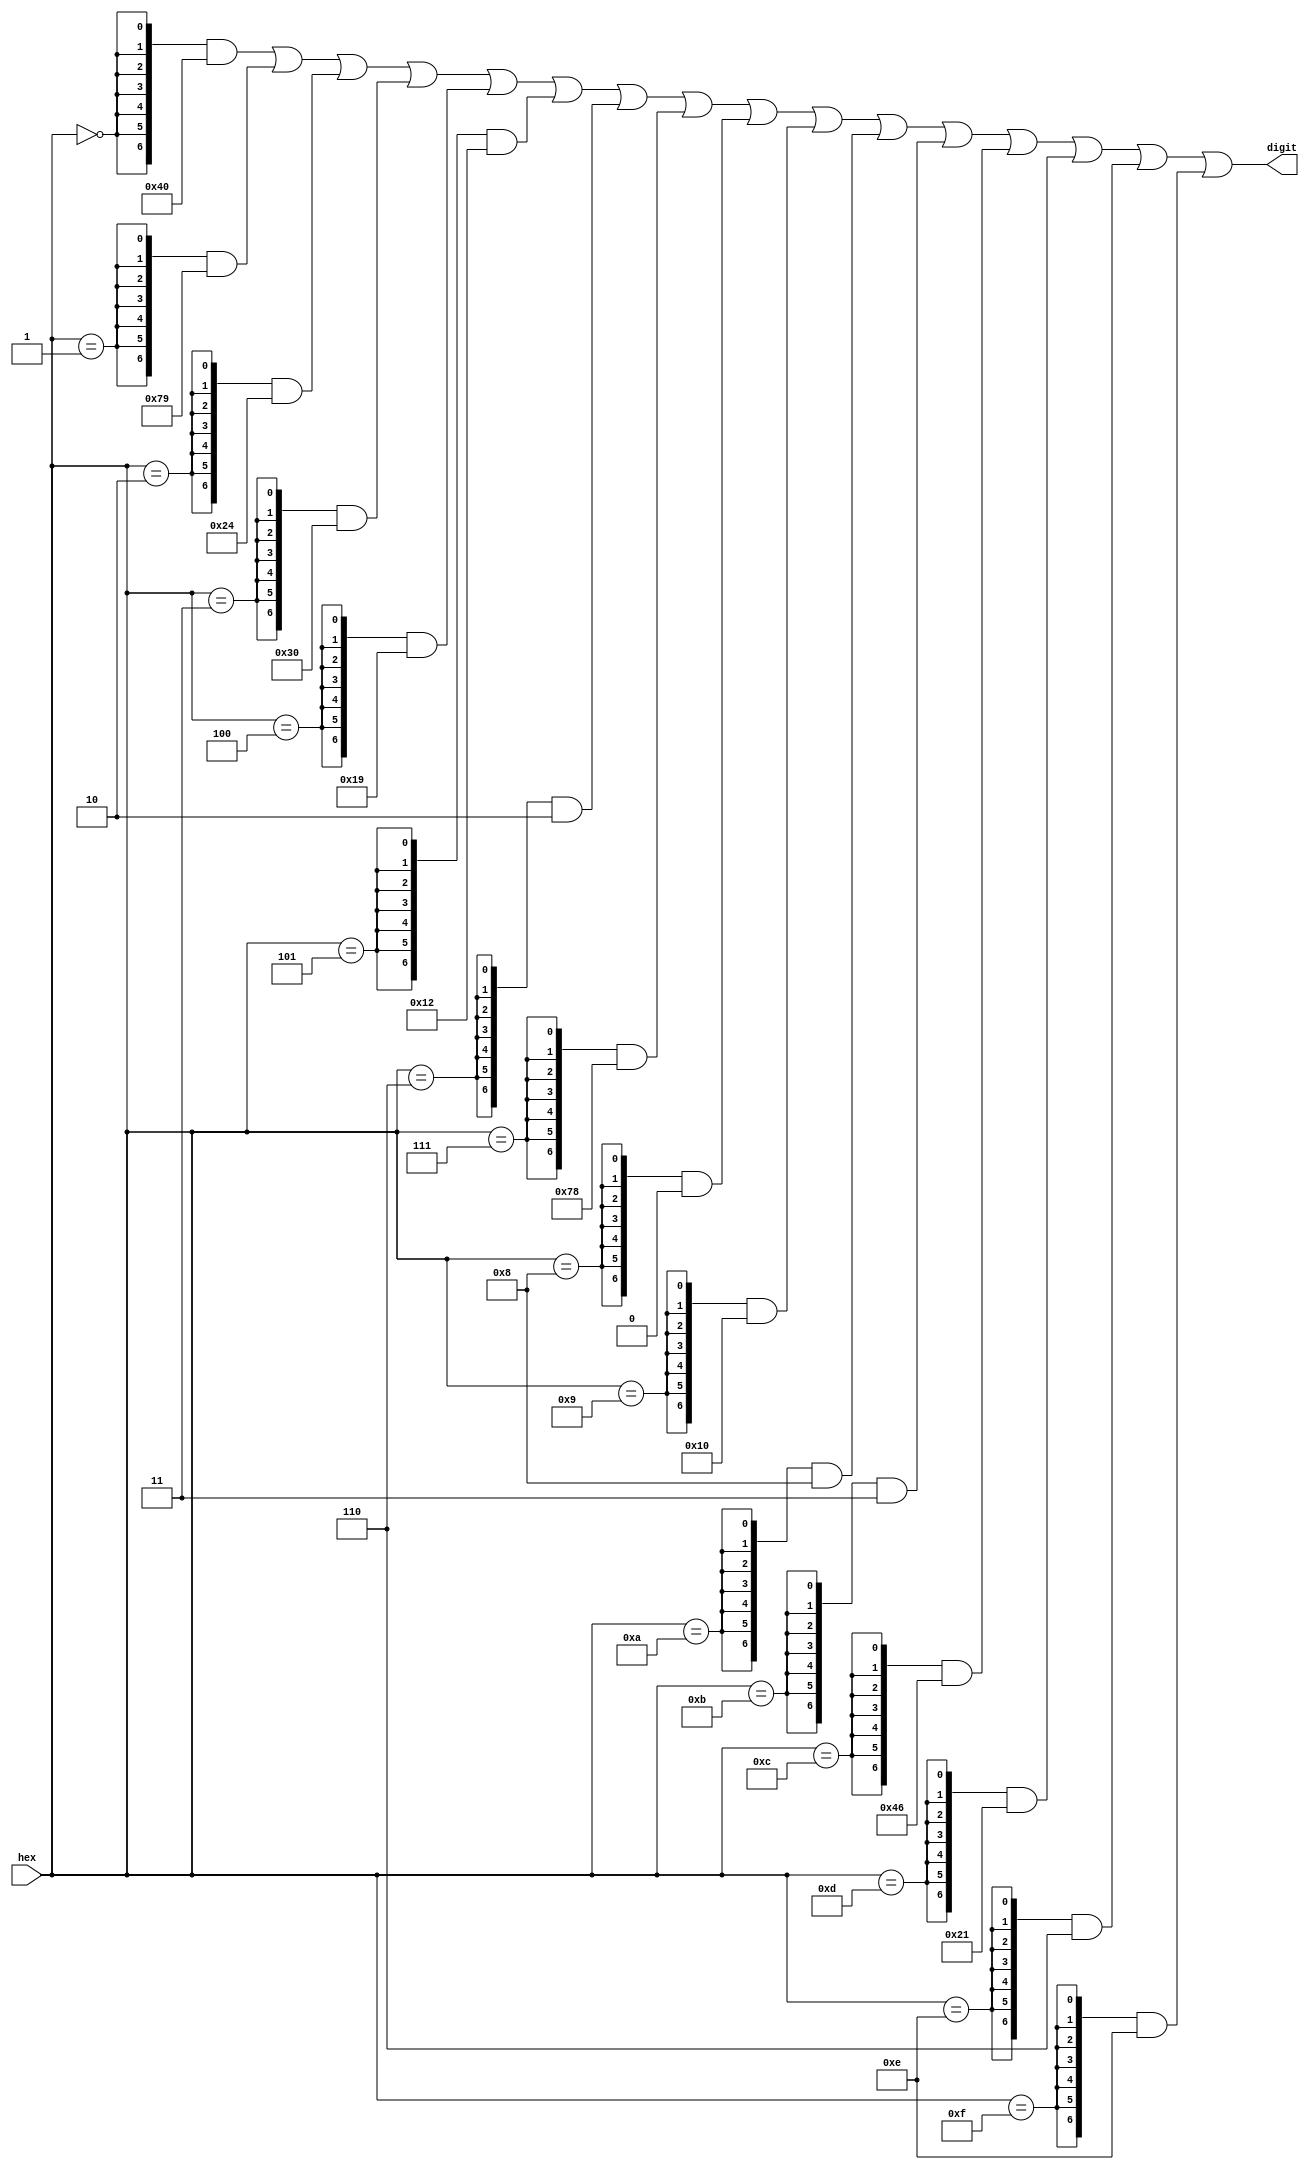
`timescale 1ns/100ps
module hex2digit_hex
#(
	parameter INVERT = 1
)
(
	input	wire	[3:0]	hex,
	output	wire	[6:0]	digit
);

	wire [6:0] temp;
	assign temp =  ({7{hex == 4'h0}} & 7'b1000000 |
					{7{hex == 4'h1}} & 7'b1111001 |
					{7{hex == 4'h2}} & 7'b0100100 |
					{7{hex == 4'h3}} & 7'b0110000 |
					{7{hex == 4'h4}} & 7'b0011001 |
					{7{hex == 4'h5}} & 7'b0010010 |
					{7{hex == 4'h6}} & 7'b0000010 |
					{7{hex == 4'h7}} & 7'b1111000 |
					{7{hex == 4'h8}} & 7'b0000000 |
					{7{hex == 4'h9}} & 7'b0010000 |
					{7{hex == 4'hA}} & 7'b0001000 |
					{7{hex == 4'hB}} & 7'b0000011 | 
					{7{hex == 4'hC}} & 7'b1000110 |
					{7{hex == 4'hD}} & 7'b0100001 | 
					{7{hex == 4'hE}} & 7'b0000110 |
					{7{hex == 4'hF}} & 7'b0001110);

	assign digit = (INVERT) ? temp : ~temp;
endmodule

module hex22digit_hex
#(
	parameter INVERT = 1
)
(
	input	wire	[7:0]	hex,
	output	wire	[6:0]	digit_0,
	output	wire	[6:0]	digit_1
);

hex2digit_hex 
#(
	.INVERT(INVERT)
) h_digit_0
(
	.hex(hex[3:0]),
	.digit(digit_0)
);

hex2digit_hex 
#(
	.INVERT(INVERT)
) h_digit_1
(
	.hex(hex[7:4]),
	.digit(digit_1)
);
endmodule

module hex2digit_dec
#(
	parameter INVERT = 1
)
(
	input	wire	[3:0]	hex,
	output	wire	[6:0]	digit
);
	wire [6:0] temp;
	assign temp =  ({7{hex == 4'd0}} & 7'b1000000 |
					{7{hex == 4'd1}} & 7'b1111001 |
					{7{hex == 4'd2}} & 7'b0100100 |
					{7{hex == 4'd3}} & 7'b0110000 |
					{7{hex == 4'd4}} & 7'b0011001 |
					{7{hex == 4'd5}} & 7'b0010010 |
					{7{hex == 4'd6}} & 7'b0000010 |
					{7{hex == 4'd7}} & 7'b1111000 |
					{7{hex == 4'd8}} & 7'b0000000 |
					{7{hex == 4'd9}} & 7'b0010000);

	assign digit = (INVERT) ? temp : ~temp;
endmodule

module hex22digit_dec
#(
	parameter INVERT = 1
)
(
	input	wire	[7:0]	hex,
	output	wire	[6:0]	digit_0,
	output	wire	[6:0]	digit_1
);

hex2digit_dec
#(
	.INVERT(INVERT)
) d_digit_0
(
	.hex(hex[3:0]),
	.digit(digit_0)
);

hex2digit_dec
#(
	.INVERT(INVERT)
) d_digit_1
(
	.hex(hex[7:4]),
	.digit(digit_1)
);
endmodule